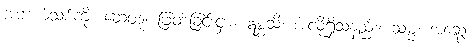
အဘယ်သစ်ကို။ ဆေတုံ၊ ဖြတ်ခြင်းငှာ။ ဣစ္ဆသိ၊ အလိုရှိသနည်း။ သမ္မ၊ အဆွေ။